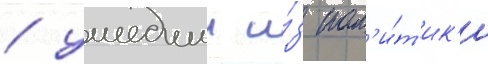
/ ушедшии и́з пол'и́т'ик'и